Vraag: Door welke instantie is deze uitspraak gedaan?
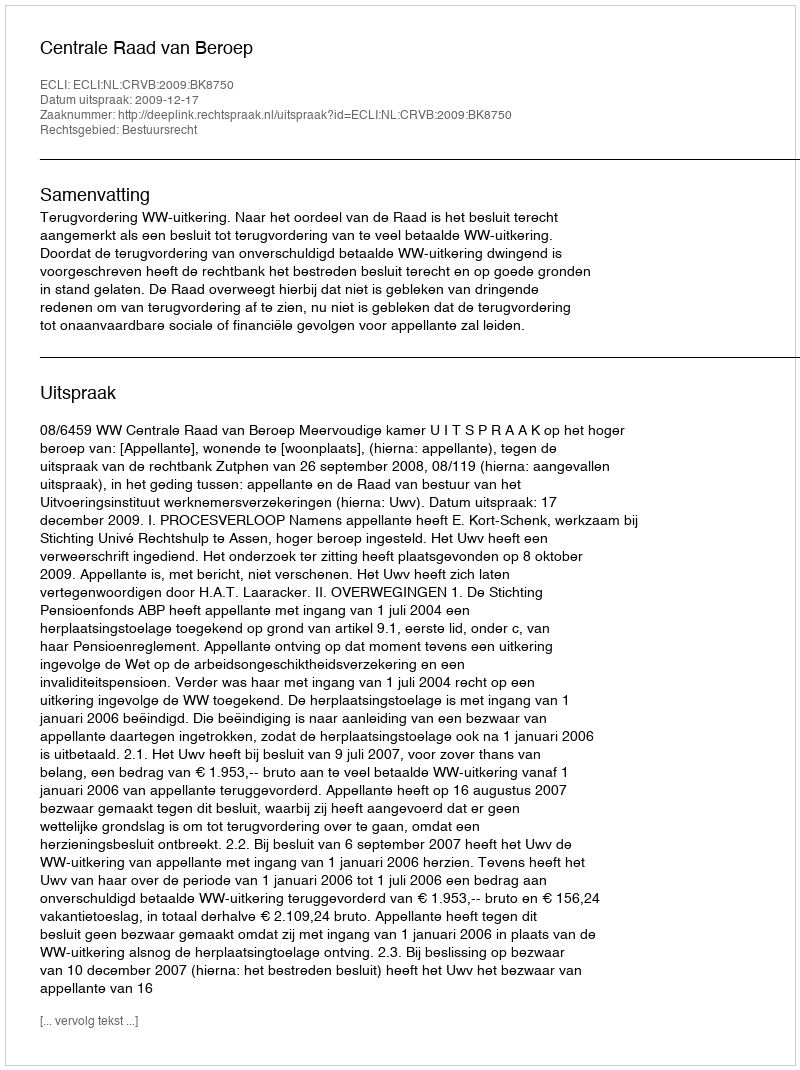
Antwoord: Centrale Raad van Beroep